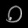
Digit: ၀